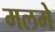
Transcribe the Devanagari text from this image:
मलमे